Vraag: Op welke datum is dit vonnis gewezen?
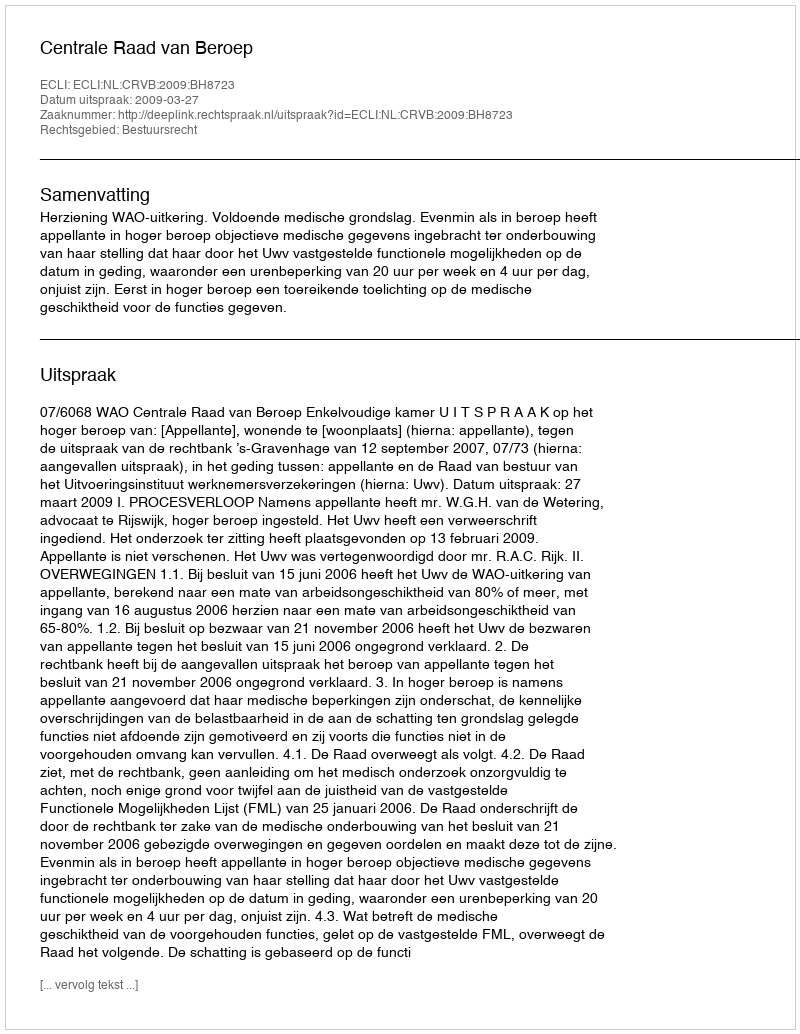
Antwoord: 2009-03-27